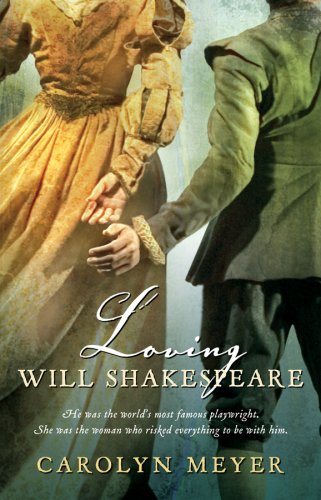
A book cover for Loving Will Shakespeare; Carolyn Meyer; Teen & Young Adult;